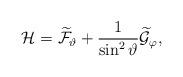
LaTeX: \begin{align*}\mathcal{H}=\widetilde{\mathcal{F}}_{\vartheta}+\frac{1}{\sin^2\vartheta}\widetilde{\mathcal{G}}_{\varphi},\end{align*}